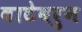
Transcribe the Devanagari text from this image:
वाटेवरुन